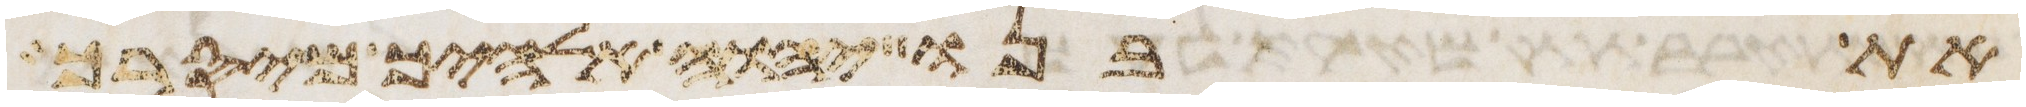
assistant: את בנו יהוה אלהיך מיסרך